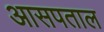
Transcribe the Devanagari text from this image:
आसपताल